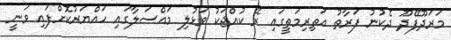
މަރަދޫފޭދޫ ދެކުނު ފަރާތު އަތިރިމަތީގައި ރޭ ކުއްޖަކު ވަޅުލި މައްސަލާގައި ހައްޔަރުކޮށްފައި ވަނީ